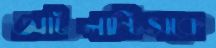
আটলান্টিসকে